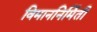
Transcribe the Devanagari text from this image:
विमाननिर्मिती